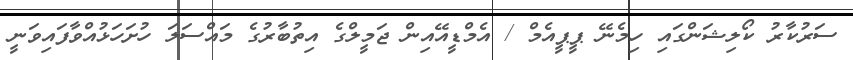
ސަރުކާރު ކޯލިޝަންގައި ހިމެނޭ ޕީޕީއެމް / އެމްޑީއޭއިން ޖަމީލްގެ އިތުބާރުގެ މައްސަލަ ހުށަހަޅުއްވާފައިވަނީ